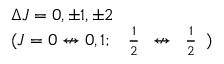
\begin{array} { l } { \Delta J = 0 , \pm 1 , \pm 2 } \\ { ( J = 0 \not \leftrightarrow 0 , 1 ; \ { \begin{array} { l } { { \frac { 1 } { 2 } } } \end{array} } \not \leftrightarrow { \begin{array} { l } { { \frac { 1 } { 2 } } } \end{array} } ) } \end{array}